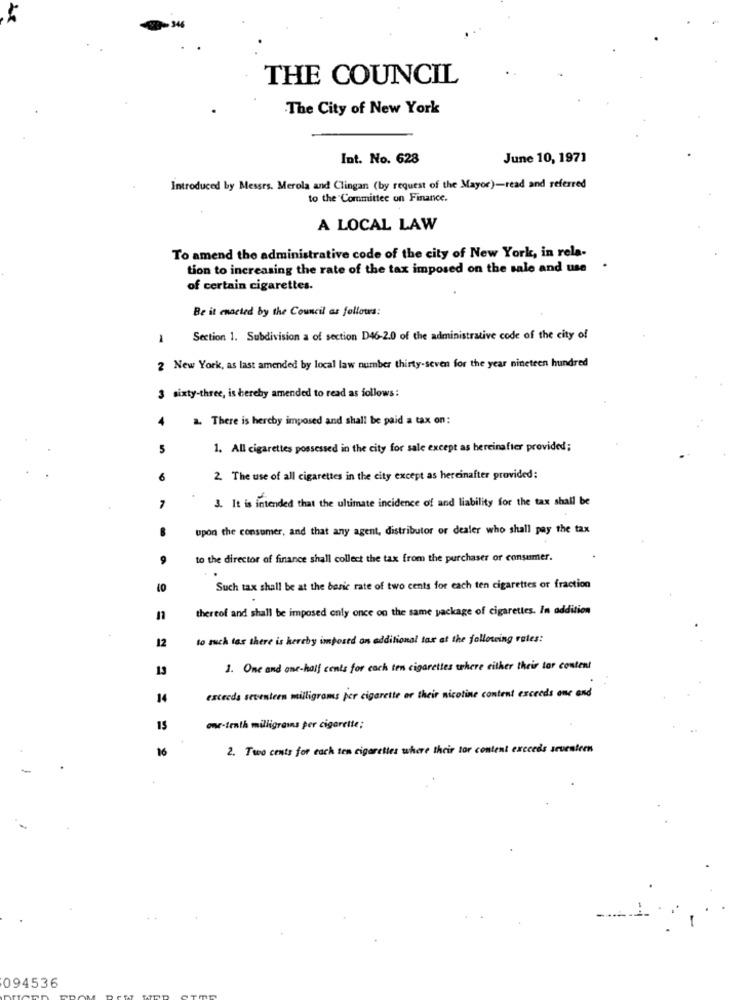
THE COUNCIL
The City of New York
Int. No. 628
June 10, 1971
Introduced by Messrs. Merola and Clingan (by request of the Mayor)-read and referred
to the Committee on Finance.
A LOCAL LAW
To amend the administrative code of the city of New York, in rela-
tion to increasing the rate of the tax imposed on the sale and use
of certain cigarettes.
Be it enacted by the Council as follows:
Section 1. Subdivision a of section D46-2.0 of the administrative code of the city of
2 New York, as last amended by local law number thirty-seven for the year nineteen hundred
3 sixty-three, is hereby amended to read as follows :
4
2. There is hereby imposed and shall be paid a tax on:
5
1. All cigarettes possessed in the city for sale except as hereinafter provided;
2. The use of all cigarettes in the city except as hereinafter provided;
3. It is intended that the ultimate incidence of and liability for the tax shall be
7
upon the consumer, and that any agent, distributor or dealer who shall pay the tax
9
to the director of finance shall collect the tax from the purchaser or consumer.
Such tax shall be at the basic rate of two cents for each ten cigarettes or fraction
thereof and shall be imposed only once on the same package of cigarettes. In addition
12
to such tas there is hereby imposed an additional tax at the following rates:
13
1. One and one-half cents for each ten cigarettes where either their tor content
14
exceeds seventeen milligrams per cigarette or their nicotine content exceeds one and
15
one-tenth milligrams per cigarette;
16
2. Two cents for each ten cigarettes where their tor content exceeds seventeen
094536